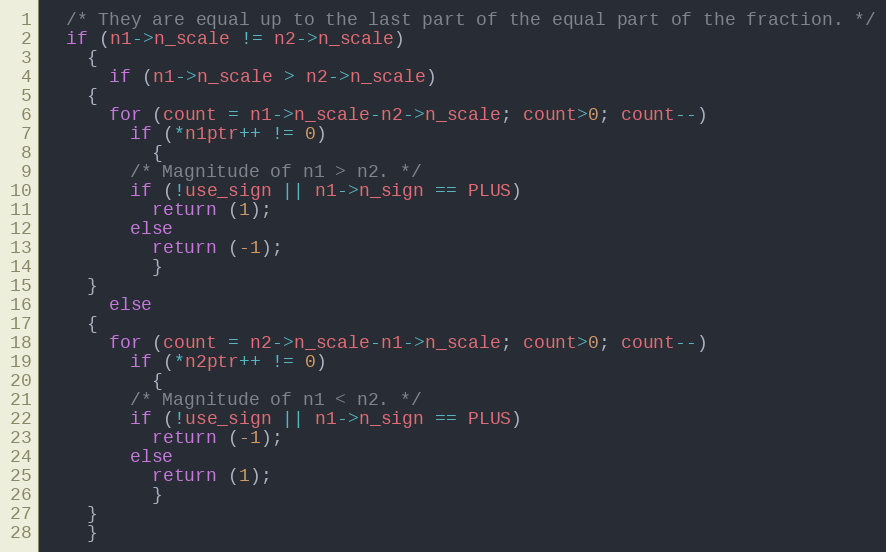
Language: C++
  /* They are equal up to the last part of the equal part of the fraction. */
  if (n1->n_scale != n2->n_scale)
    {
      if (n1->n_scale > n2->n_scale)
	{
	  for (count = n1->n_scale-n2->n_scale; count>0; count--)
	    if (*n1ptr++ != 0)
	      {
		/* Magnitude of n1 > n2. */
		if (!use_sign || n1->n_sign == PLUS)
		  return (1);
		else
		  return (-1);
	      }
	}
      else
	{
	  for (count = n2->n_scale-n1->n_scale; count>0; count--)
	    if (*n2ptr++ != 0)
	      {
		/* Magnitude of n1 < n2. */
		if (!use_sign || n1->n_sign == PLUS)
		  return (-1);
		else
		  return (1);
	      }
	}
    }